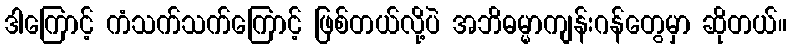
ဒါကြောင့် ကံသက်သက်ကြောင့် ဖြစ်တယ်လို့ပဲ အဘိဓမ္မာကျန်းဂန်တွေမှာ ဆိုတယ်။